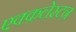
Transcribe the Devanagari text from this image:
एक्कलेस्टन